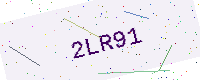
Text: 2LR91